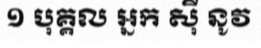
១ បុគ្គល អ្នក ស៊ី នូវ